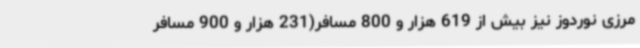
مرزی نوردوز نیز بیش از 619 هزار و 800 مسافر(231 هزار و 900 مسافر